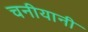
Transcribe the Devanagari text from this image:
चनीयानी